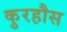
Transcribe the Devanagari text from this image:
कुरहौस